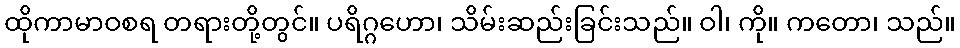
ထိုကာမာဝစရ တရားတို့တွင်။ ပရိဂ္ဂဟော၊ သိမ်းဆည်းခြင်းသည်။ ဝါ၊ ကို။ ကတော၊ သည်။